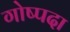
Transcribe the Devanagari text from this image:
गोष्पदा